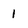
Character: 1